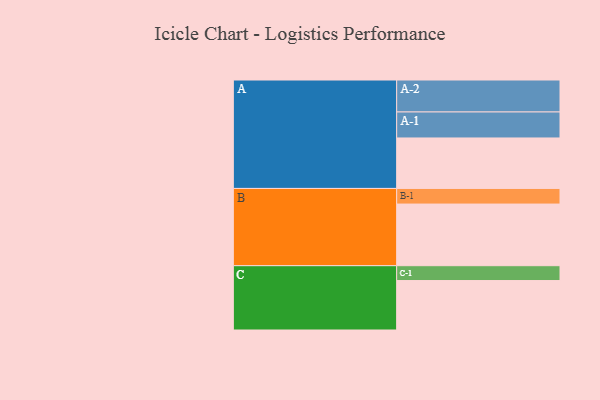
{"axis": {"x": "Segment", "y": "Value"}, "legend": ["", "A", "B", "C"], "data": [{"x": "A", "y": 398, "type": ""}, {"x": "B", "y": 486, "type": ""}, {"x": "C", "y": 390, "type": ""}, {"x": "A-1", "y": 205, "type": "A"}, {"x": "A-2", "y": 252, "type": "A"}, {"x": "B-1", "y": 123, "type": "B"}, {"x": "C-1", "y": 117, "type": "C"}]}